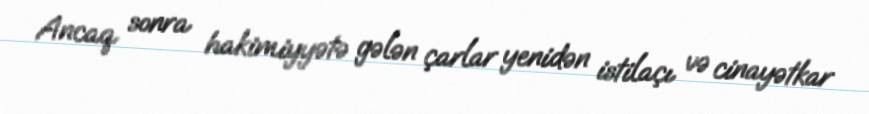
Ancaq sonra hakimiyyətə gələn çarlar yenidən istilaçı və cinayətkar